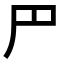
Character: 𠃜